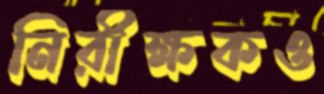
নিরীক্ষকও